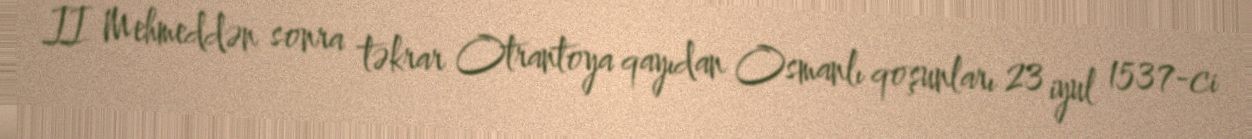
II Mehmeddən sonra təkrar Otrantoya qayıdan Osmanlı qoşunları 23 iyul 1537-ci